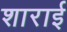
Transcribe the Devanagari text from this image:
शाराई